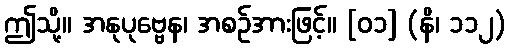
ဤသို့။ အနုပုဗ္ဗေန၊ အစဉ်အားဖြင့်။ [၀၁] (နိ၊ ၁၁၂)